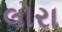
લોરા